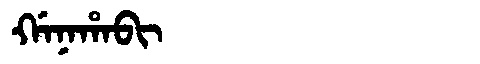
Manchu: ᡤᠠᠨᠠᡥᠠᠪᡳ
Romanization: GANAHABI